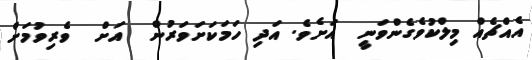
އެއްޗެއް މިލްކުވެގެންވަނީ  އަށެވެ. އަދި ހަމަކަށަވަރުން  އަށް  ވެރިވުމަށް